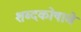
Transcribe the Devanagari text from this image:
शब्दकोषाचे